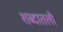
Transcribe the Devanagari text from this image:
शब्दातली